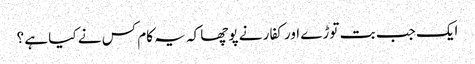
ایک جب بت توڑے اور کفار نے پوچھا کہ یہ کام کس نے کیا ہے ؟